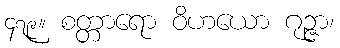
၄၇၉။ စတ္တာရော ဝိဟယော ဂုဉ္ဇာ၊